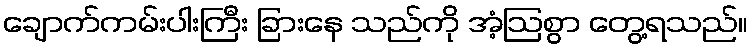
ချောက်ကမ်းပါးကြီး ခြားနေ သည်ကို အံ့ဩစွာ တွေ့ရသည်။